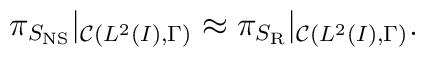
\pi_{S_{\rm NS}}|_{{\cal C}(L^2(I),\Gamma)}\approx \pi_{S_{\rm R}}|_{{\cal C}(L^2(I),\Gamma)}.